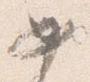
如